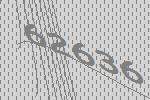
62636